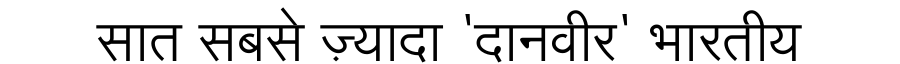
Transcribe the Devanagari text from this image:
सात सबसे ज़्यादा 'दानवीर' भारतीय